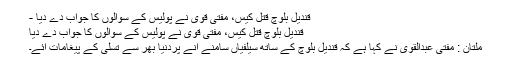
قندیل بلوچ قتل کیس، مفتی قوی نے پولیس کے سوالوں کا جواب دے دیا -
قندیل بلوچ قتل کیس، مفتی قوی نے پولیس کے سوالوں کا جواب دے دیا
ملتان : مفتی عبدالقوی نے کہا ہے کہ قندیل بلوچ کے ساتھ سیلفیاں سامنے آنے پردنیا بھر سے تسلی کے پیغامات آئے۔